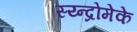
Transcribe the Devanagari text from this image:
स्य्न्द्रोमेके